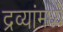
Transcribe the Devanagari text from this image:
द्रव्यांमध्ये